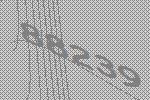
88239